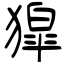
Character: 獔